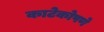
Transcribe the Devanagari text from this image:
काटेकोपणे